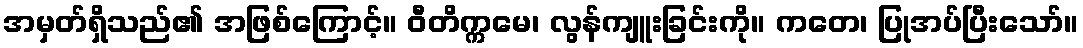
အမှတ်ရှိသည်၏ အဖြစ်ကြောင့်။ ဝီတိက္ကမေ၊ လွန်ကျူးခြင်းကို။ ကတေ၊ ပြုအပ်ပြီးသော်။